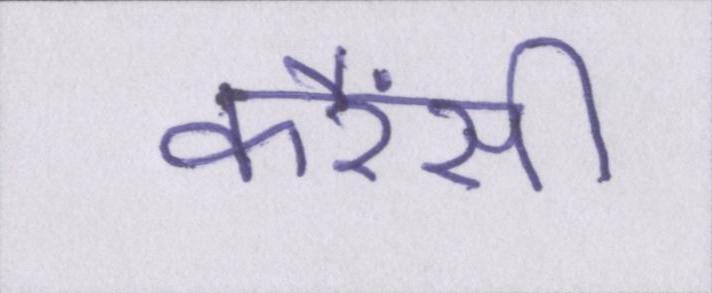
करैंसी